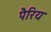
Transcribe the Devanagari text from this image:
पैरिय